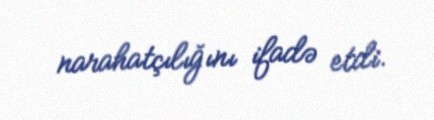
narahatçılığını ifadə etdi.